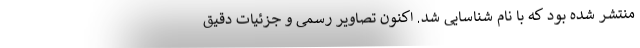
منتشر شده بود که با نام شناسایی شد. اکنون تصاویر رسمی و جزئیات دقیق